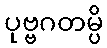
ပုဗ္ဗဂတမ္ပိ